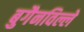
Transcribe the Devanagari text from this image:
बुगैनविल्ले